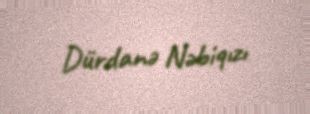
Dürdanə Nəbiqızı